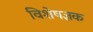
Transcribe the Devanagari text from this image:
विशेषज्ञक